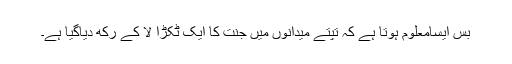
بس ایسامعلوم ہوتا ہے کہ تپتے میدانوں میں جنت کا ایک ٹکڑا لا کے رکھ دیاگیا ہے۔